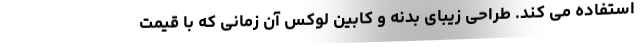
استفاده می کند. طراحی زیبای بدنه و کابین لوکس آن زمانی که با قیمت